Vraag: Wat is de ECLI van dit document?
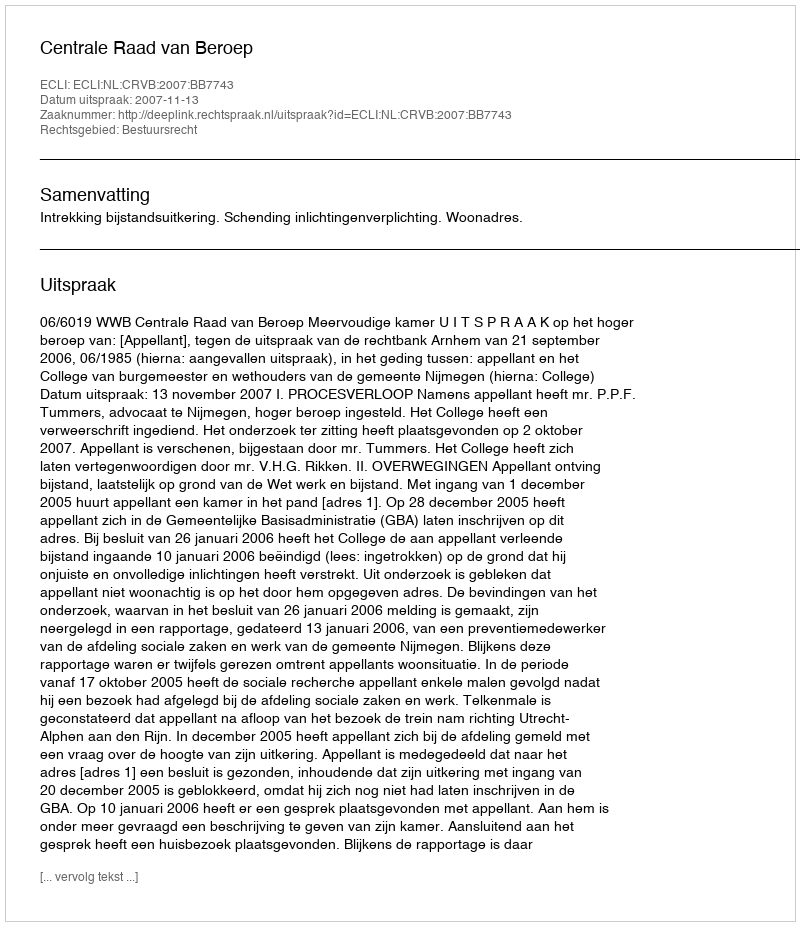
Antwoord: ECLI:NL:CRVB:2007:BB7743